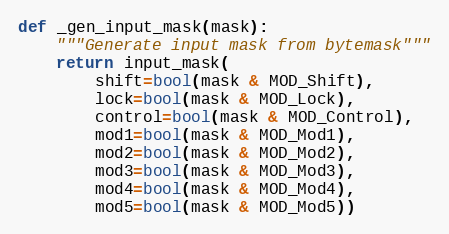
Language: Python
def _gen_input_mask(mask):
    """Generate input mask from bytemask"""
    return input_mask(
        shift=bool(mask & MOD_Shift),
        lock=bool(mask & MOD_Lock),
        control=bool(mask & MOD_Control),
        mod1=bool(mask & MOD_Mod1),
        mod2=bool(mask & MOD_Mod2),
        mod3=bool(mask & MOD_Mod3),
        mod4=bool(mask & MOD_Mod4),
        mod5=bool(mask & MOD_Mod5))